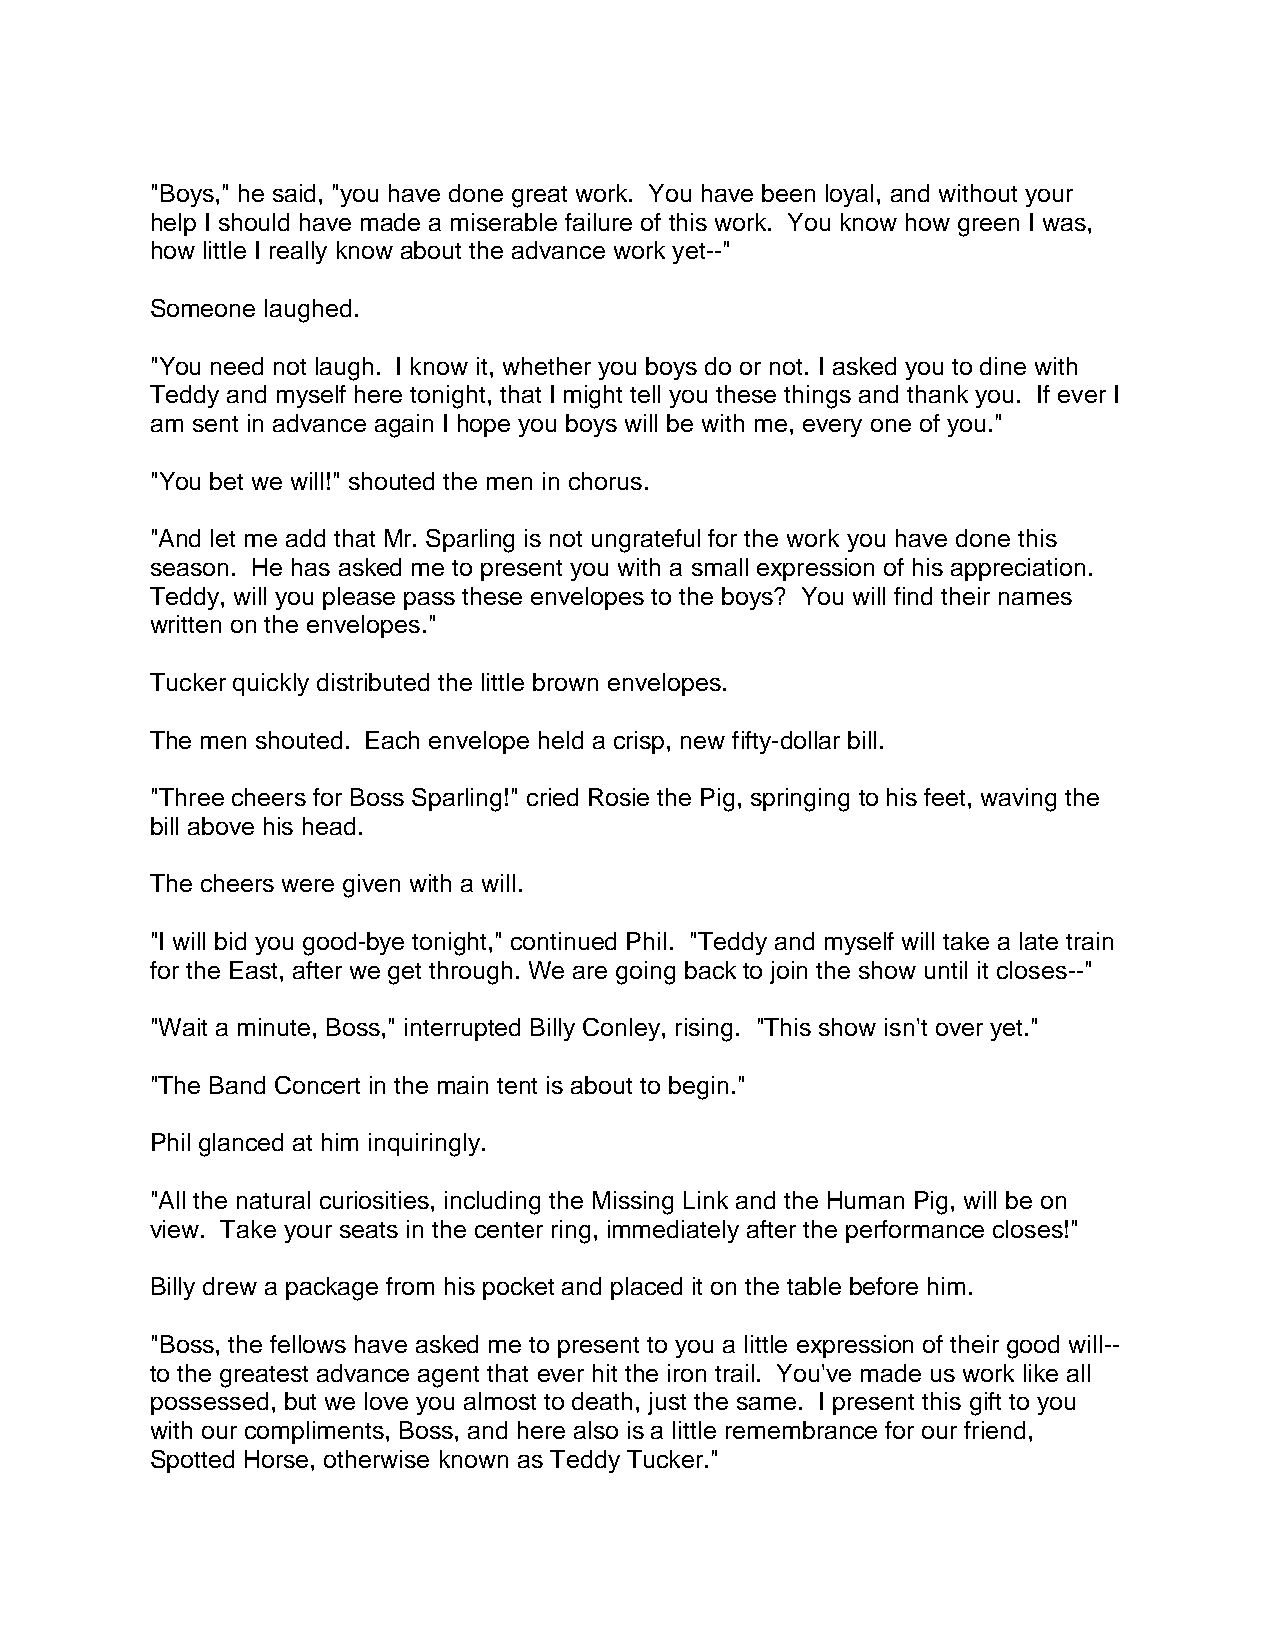
"Boys," he said, "you have done great work. You have been loyal, and without your
 help I should have made a miserable failure of this work. You know how green I was,
 how little I really know about the advance work yet--"
 Someone laughed.
 "You need not laugh. I know it, whether you boys do or not. I asked you to dine with
 Teddy and myself here tonight, that I might tell you these things and thank you. If ever I
 am sent in advance again I hope you boys will be with me, every one of you."
 "You bet we will!" shouted the men in chorus.
 "And let me add that Mr. Sparling is not ungrateful for the work you have done this
 season. He has asked me to present you with a small expression of his appreciation.
 Teddy, will you please pass these envelopes to the boys? You will find their names
 written on the envelopes."
 Tucker quickly distributed the little brown envelopes.
 The men shouted. Each envelope held a crisp, new fifty-dollar bill.
 "Three cheers for Boss Sparling!" cried Rosie the Pig, springing to his feet, waving the
 bill above his head.
 The cheers were given with a will.
 "I will bid you good-bye tonight," continued Phil. "Teddy and myself will take a late train
 for the East, after we get through. We are going back to join the show until it closes--"
 "Wait a minute, Boss," interrupted Billy Conley, rising. "This show isn't over yet."
 "The Band Concert in the main tent is about to begin."
 Phil glanced at him inquiringly.
 "All the natural curiosities, including the Missing Link and the Human Pig, will be on
 view. Take your seats in the center ring, immediately after the performance closes!"
 Billy drew a package from his pocket and placed it on the table before him.
 "Boss, the fellows have asked me to present to you a little expression of their good will--
 to the greatest advance agent that ever hit the iron trail. You've made us work like all
 possessed, but we love you almost to death, just the same. I present this gift to you
 with our compliments, Boss, and here also is a little remembrance for our friend,
 Spotted Horse, otherwise known as Teddy Tucker."